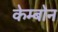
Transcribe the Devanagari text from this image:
केम्बोन